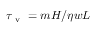
\tau _ { \mathrm { ~ v ~ } } = m H / \eta w L